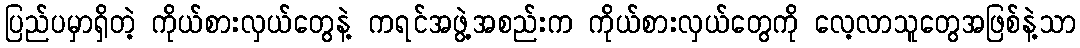
ပြည်ပမှာရှိတဲ့ ကိုယ်စားလှယ်တွေနဲ့ ကရင်အဖွဲ့အစည်းက ကိုယ်စားလှယ်တွေကို လေ့လာသူတွေအဖြစ်နဲ့သာ